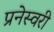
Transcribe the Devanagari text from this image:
प्रनेस्वरी